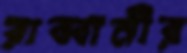
রাব্বানীর